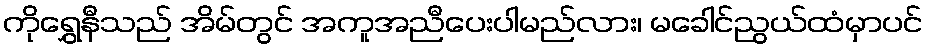
ကိုရွှေနီသည် အိမ်တွင် အကူအညီပေးပါမည်လား၊ မခေါင်ညွယ်ထံမှာပင်